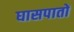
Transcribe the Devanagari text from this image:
घासपातों